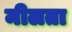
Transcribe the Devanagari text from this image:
मीलता